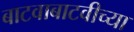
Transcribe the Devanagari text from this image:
बाटवाबाटवीच्या